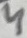
Text: 4